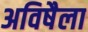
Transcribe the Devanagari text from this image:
अविषैला